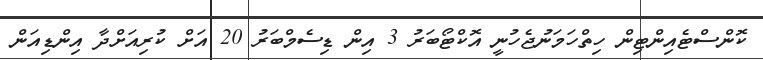
ކޮންސްޓެއިންޓިން ހިތްހަމަނުޖެހުނީ އޮކްޓޯބަރު 3 އިން ޑިސެމްބަރު 20 އަށް ކުރިއަށްދާ އިންޑިއަން